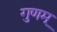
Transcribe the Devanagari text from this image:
गुणम्